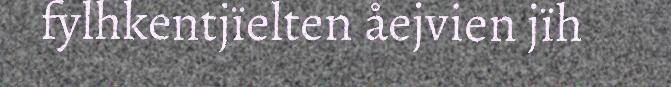
fylhkentjïelten åejvien jïh